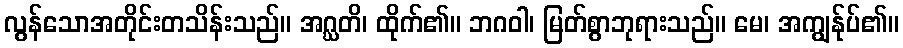
လွန်သောအတိုင်းတသိန်းသည်။ အဂ္ဃတိ၊ ထိုက်၏။ ဘဂဝါ၊ မြတ်စွာဘုရားသည်။ မေ၊ အကျွန်ုပ်၏။